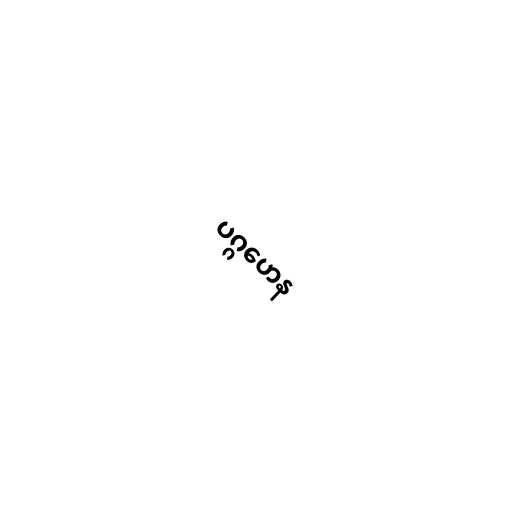
ပဂ္ဂဟေန